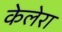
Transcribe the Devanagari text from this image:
केलेरा